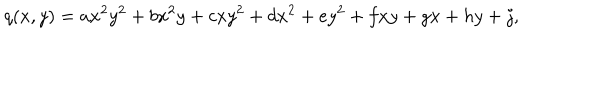
q ( x , y ) = a x ^ { 2 } y ^ { 2 } + b x ^ { 2 } y + c x y ^ { 2 } + d x ^ { 2 } + e y ^ { 2 } + f x y + g x + h y + j ,